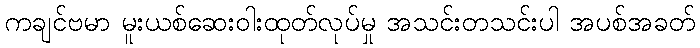
ကချင်ဗမာ မူးယစ်ဆေးဝါးထုတ်လုပ်မှု အသင်းတသင်းပါ အပစ်အခတ်